Leaving Certificate Examination, 1924
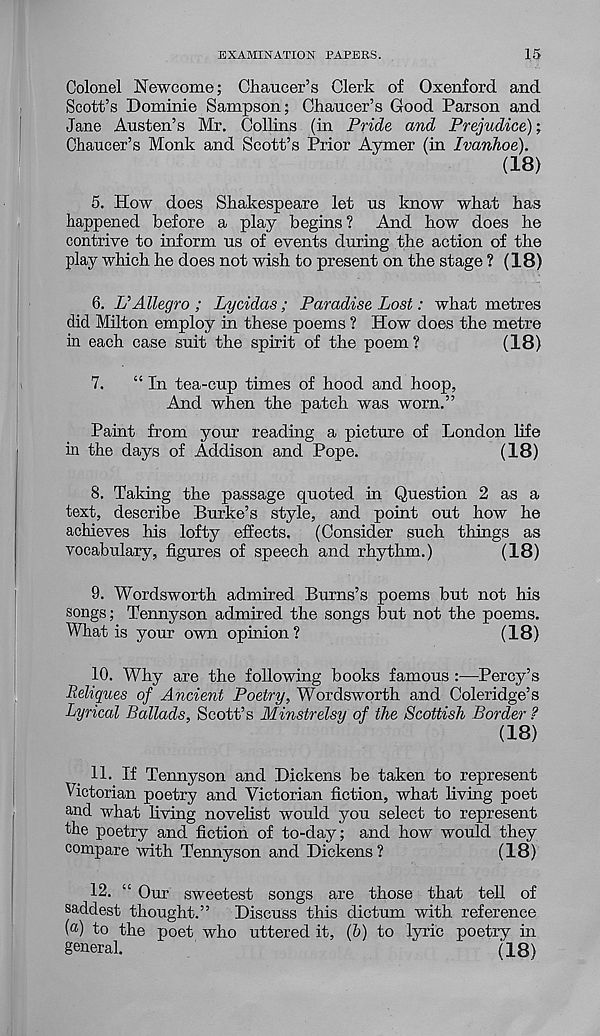
EXAMINATION PAPERS.
15
Colonel Newcome; Chaucer’s Clerk of Oxenford and
Scott’s Dominie Sampson; Chaucer’s Good Parson and
Jane Austen’s Mr. Collins (in Pride and Prejudice);
Chaucer’s Monk and Scott’s Prior Aymer (in Ivanhoe).
(18)
5. How does Shakespeare let us know what has
happened before a play begins? And how does he
contrive to inform us of events during the action of the
play which he does not wish to present on the stage ? (18)
6. L > Allegro ; Lycidas; Paradise Lost: what metres
did Milton employ in these poems ? How does the metre
in each case suit the spirit of the poem ?
(18)
7.
“In tea-cup times of hood and hoop,
And when the patch was worn.”
Paint from your reading a picture of London life
in the days of Addison and Pope.
(18)
8. Taking the passage quoted in Question 2 as a
text, describe Burke’s style, and point out how he
achieves his lofty effects. (Consider such things as
vocabulary, figures of speech and rhythm.)
(18)
9. Wordsworth admired Burns’s poems but not his
songs; Termyson admired the songs but not the poems.
What is your own opinion ?
(18)
10. Why are the following books famous:—Percy’s
Reliques of Ancient Poetry, Wordsworth and Coleridge’s
Lyrical Ballads, Scott’s Minstrelsy of the Scottish Border ?
(18)
11. If Tennyson and Dickens be taken to represent
Victorian poetry and Victorian fiction, what living poet
and what living novelist would you select to represent
the poetry and fiction of to-day; and how would they
compare with Tennyson and Dickens?
(18)
12. “ Our sweetest songs are those that tell of
saddest thought.” Discuss this dictum with reference
(®) to the poet who uttered it, (6) to lyric poetry in
general.
(18)